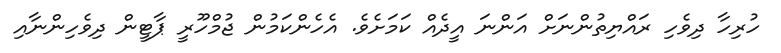
ހުރިހާ ދިވެހި ރައްޔިތުންނަށް އަންނަ އީދެއް ކަމަށެވެެ. އެހެންކަމުން ޖުމްހޫރީ ޕާޓީން ދިވެހިންނާއި